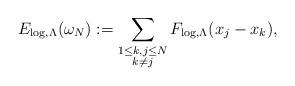
LaTeX: \begin{align*}E_{\log,\Lambda} ( \omega_N):=\sum_{\substack{1\leq k,j\leq N \\ k\neq j}}F_{\log,\Lambda} (x_j-x_k),\end{align*}